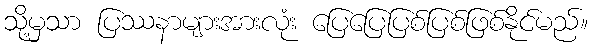
သို့မှသာ ပြဿနာများအားလုံး ပြေပြေပြစ်ပြစ်ဖြစ်နိုင်မည်။